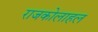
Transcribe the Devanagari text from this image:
राजकोलाहल